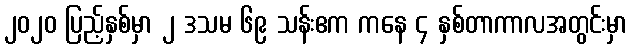
၂၀၂၀ ပြည့်နှစ်မှာ ၂ ဒသမ ၆၉ သန်းဧက ကနေ ၄ နှစ်တာကာလအတွင်းမှာ